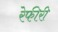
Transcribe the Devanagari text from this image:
रेफीरी